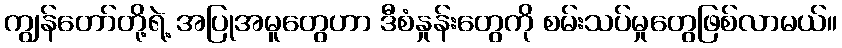
ကျွန်တော်တို့ရဲ့ အပြုအမူတွေဟာ ဒီစံနှုန်းတွေကို စမ်းသပ်မှုတွေဖြစ်လာမယ်။